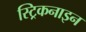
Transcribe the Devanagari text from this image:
स्ट्रिकनाइन